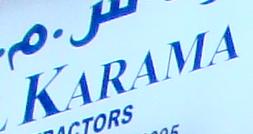
karama